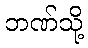
ဘဏ်သို့